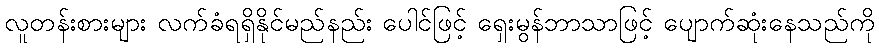
လူတန်းစားများ လက်ခံရရှိနိုင်မည်နည်း ပေါင်ဖြင့် ရှေးမွန်ဘာသာဖြင့် ပျောက်ဆုံးနေသည်ကို